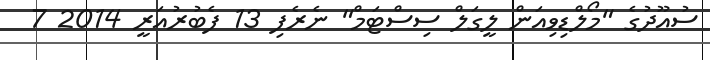
ސުއޫދުގެ "މޯލްޑިވިއަން ލީގަލް ސިސްޓަމް" ނެރެފި 13 ފެބުރުއަރީ 2014 7